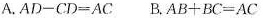
A.$$A D - C D = A C$$ B.$$A B + B C = A C$$